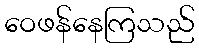
ဝေဖန်နေကြသည်